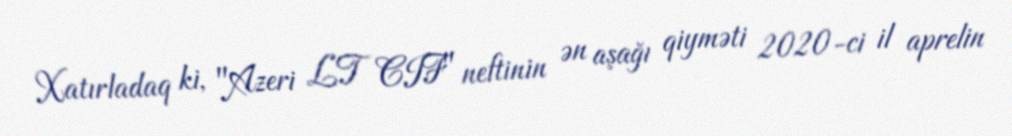
Xatırladaq ki, "Azeri LT CIF" neftinin ən aşağı qiyməti 2020-ci il aprelin